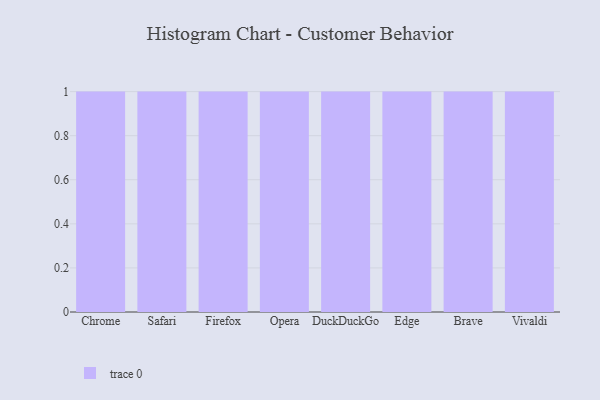
{"axis": {"x": "Browser", "y": "Churn Rate (%)"}, "legend": [""], "data": [{"x": "Chrome", "y": 72, "type": ""}, {"x": "Safari", "y": 41, "type": ""}, {"x": "Firefox", "y": 94, "type": ""}, {"x": "Opera", "y": 90, "type": ""}, {"x": "DuckDuckGo", "y": 4, "type": ""}, {"x": "Edge", "y": 22, "type": ""}, {"x": "Brave", "y": 85, "type": ""}, {"x": "Vivaldi", "y": 20, "type": ""}]}